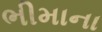
ભીમાના